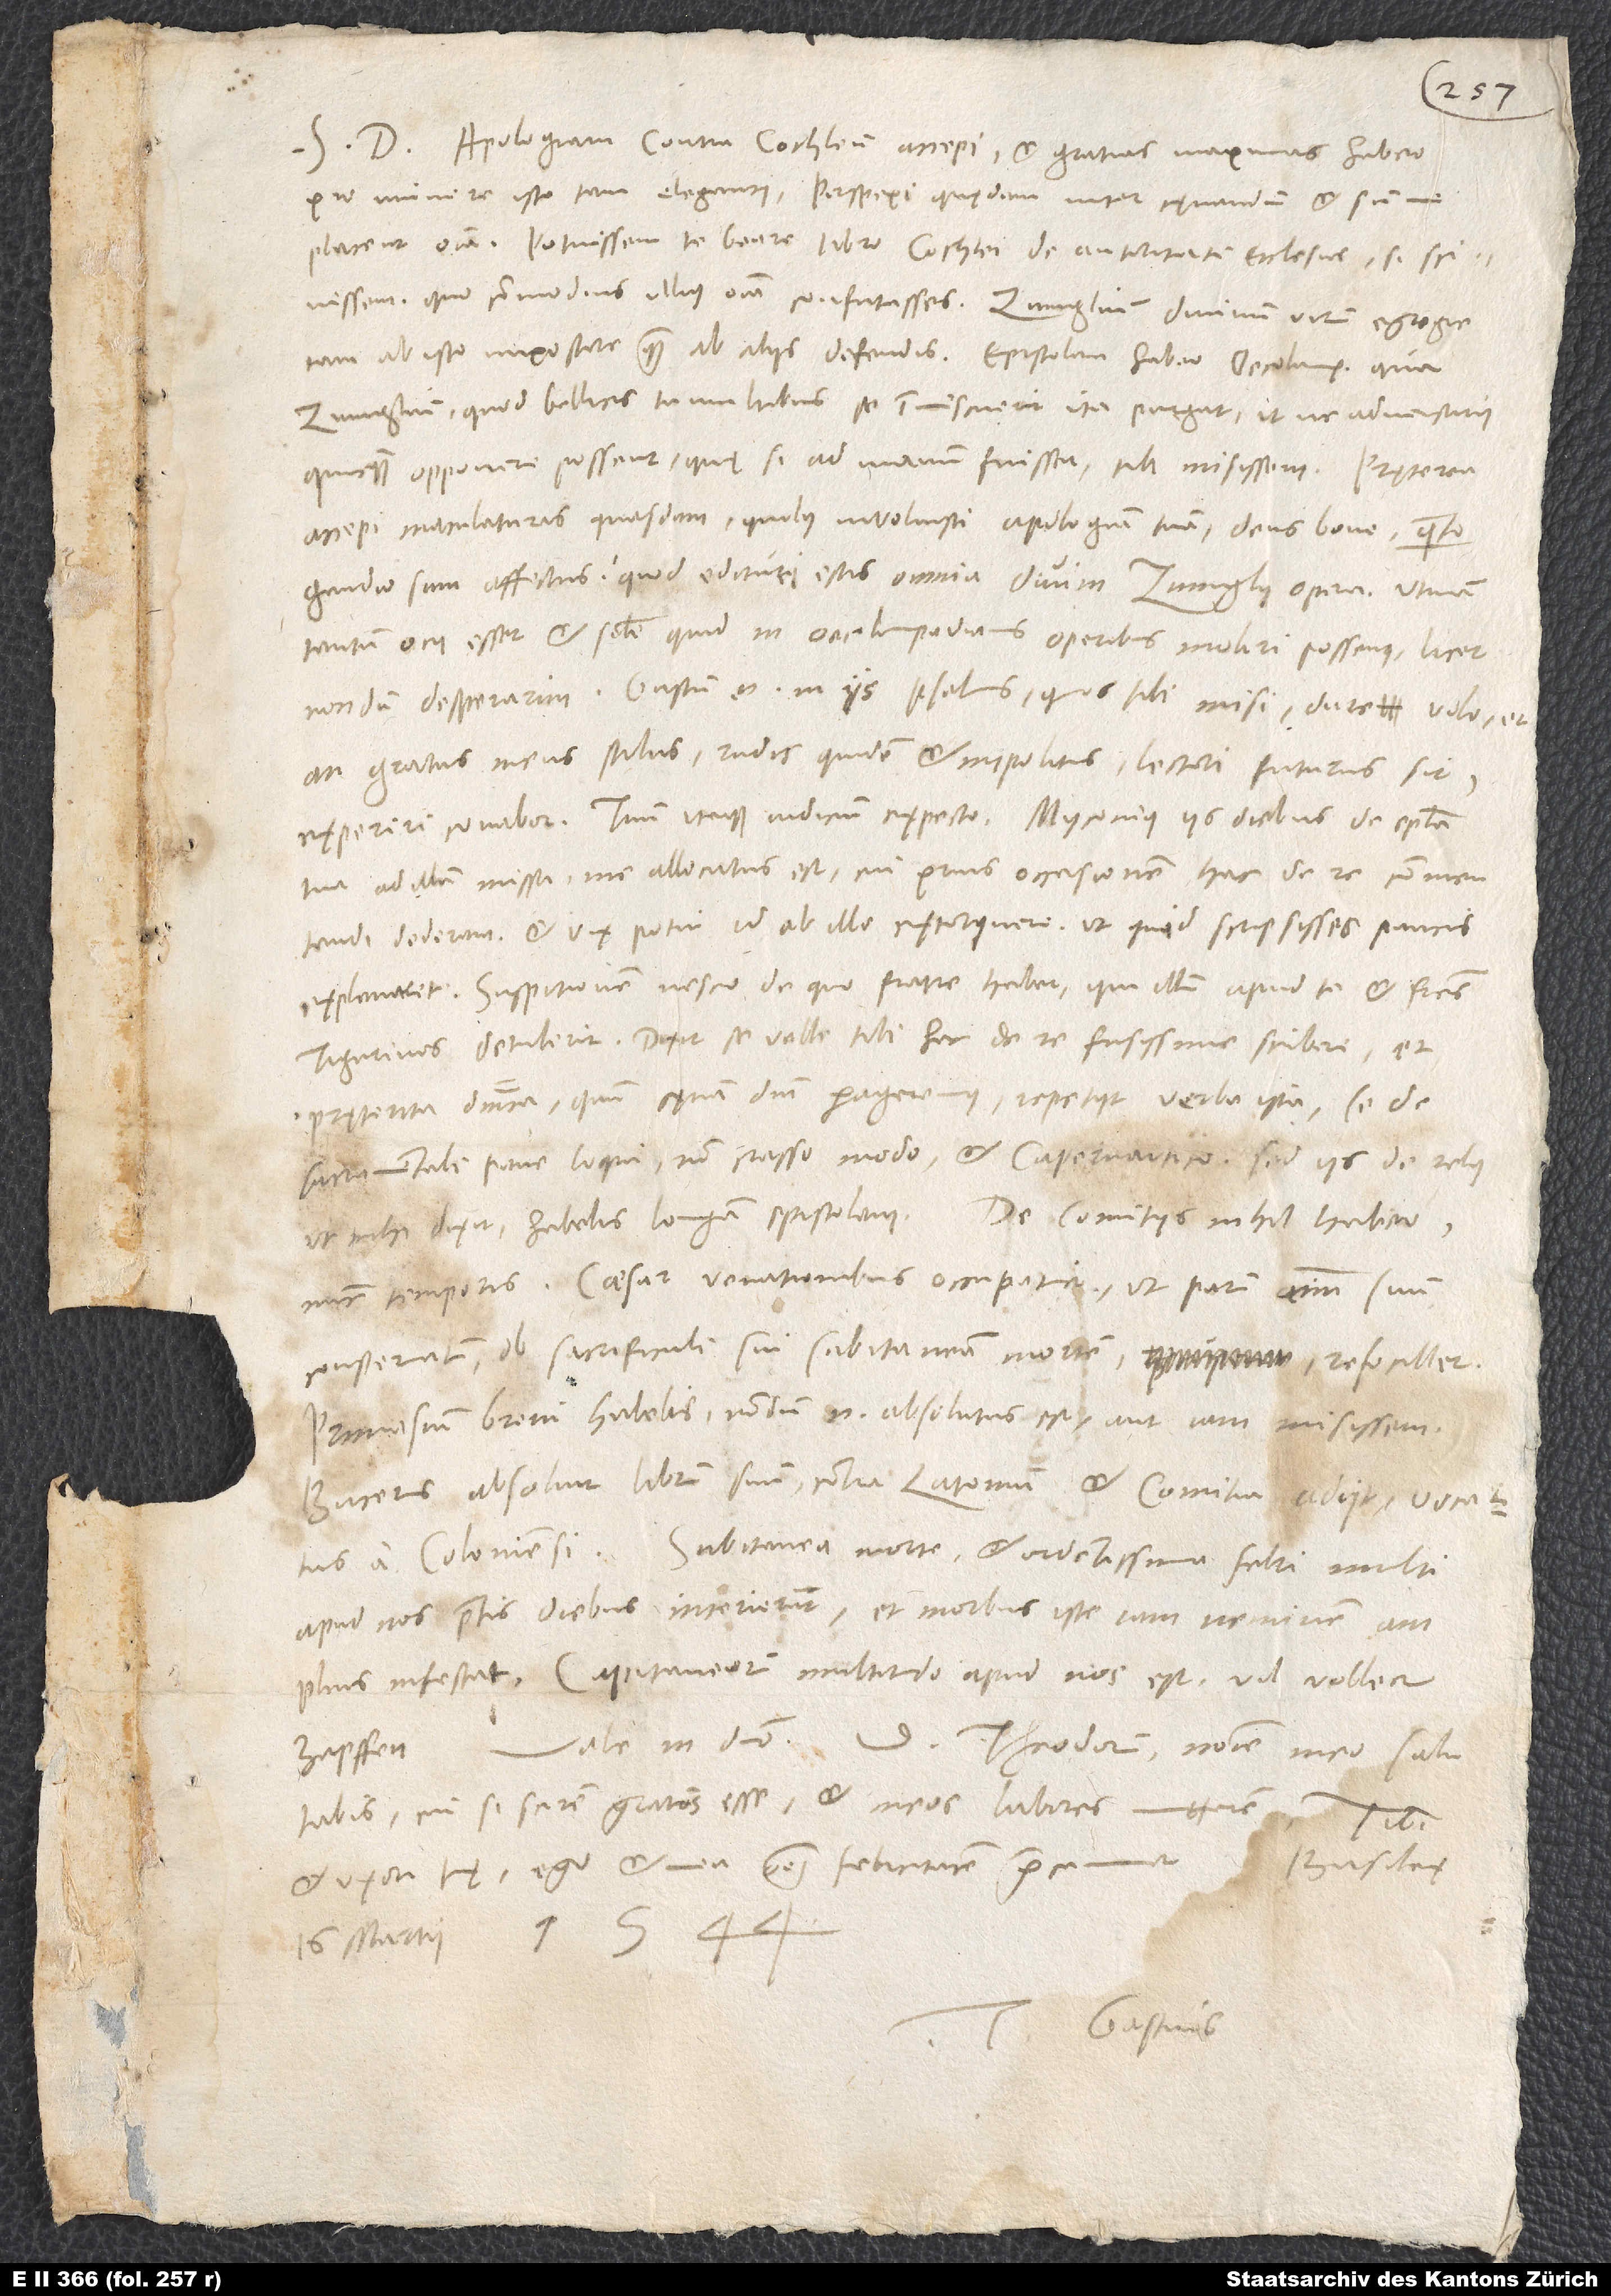
S. Apologiam contra Cochleum accepi et gratias maximas habeo
pro munere isto tam eleganti. Perspexi quędam inter cęnandum, et summe
placent omnia. Potuissem te beare libro Cochlei de autoritate ecclesiae, si scivissem,
quo commodius illius omnia confutasses. Zvinglium, divinum virum, egregie
tam ab isto impostore quam ab aliis defendis. Epistolam habeo Oecolampadii, qua
Zvinglium, quod bellicis tumultibus se immiscuerit, ita purgat, ut ne adversarii
quicquam opponere possent; quę si ad manum fuisset, tibi misissem.
accepi maculaturas quasdam, quibus involvisti apologiam tuam; deus bone, quanto
gaudio sum affectus, quod edituri estis omnia divini Zvinglii opera! Utinam
tantum ocii esset et simile quid in Oecolampadianis operibus moliri possemus, licet
nondum desperarim; gustum enim in iis psalmis, quos tibi misi, dare volo, et
an gratus meus stilus, rudis quidem et impolitus, lectori futurus sit,
tua ad illum missa me allocutus est, cui prius occasionem hac de re commentandi
dederam, et vix potui id ab illo extorquere, ut, quid scripsisses, paucis
explanaret. Suspitionem nescio de quo fratre habet, qui illum apud te et fratres
Tigurinos detulerit. Dixit se velle tibi hac de re fusissime scribere, et
pręterita dominica, quum cęnam domini perageremus, repetiit verba ista se de
sacramentali pane loqui non crasso modo et Capernaitico. Sed iis rebus,
nunc temporis. Caesar venationibus occupatur, ut parum animum suum
consternatum ob sacrificuli sui subitaneam mortem refocillet.
Primasium brevi habebis; nondum enim absolutus est, aut iam misissem.
Bucerus absolvit librum suum contra Latomum et comitia adiit vocatus
Subitanea morte et ardentissima febri multi
apud nos praeteritis diebus interierunt, et morbus iste iam neminem amplius
Capitaneorum multitudo apud nos est, vil voller
zapffen. Vale in domino. D. Theodorum nomine meo salutabis,
cui si scirem gratos esse, et meos labores mitterem. Tibi
Basileę,
et uxori tuę ego et mea omnem felicitatem precamur.
16. martii 1544.
Tuus Gastius.